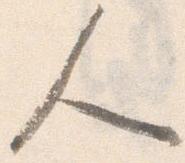
人